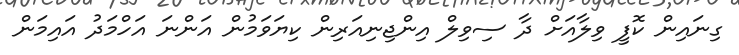
ގިނައިން ކޮފީ ވިލާއަށް ދާ ސިވިލް އިންޖިނިއަރިން ކިޔަވަމުން އަންނަ އަހްމަދު އައިމަން